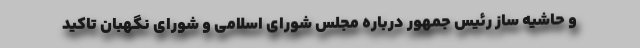
و حاشیه ساز رئیس جمهور درباره مجلس شورای اسلامی و شورای نگهبان تاکید